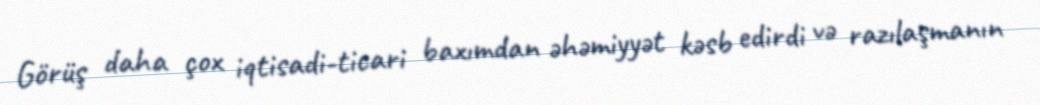
Görüş daha çox iqtisadi-ticari baxımdan əhəmiyyət kəsb edirdi və razılaşmanın